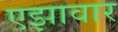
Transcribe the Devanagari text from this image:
एझावार